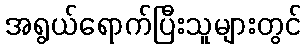
အရွယ်ရောက်ပြီးသူများတွင်